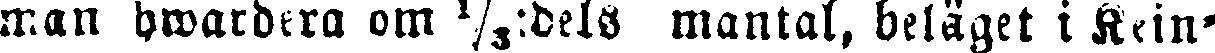
inan bwardtra om ⅓:dels mantal, beläget i Kein-